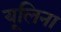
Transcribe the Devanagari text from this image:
यूलिना